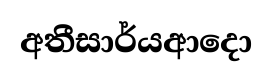
අතීසාර්යආදො